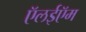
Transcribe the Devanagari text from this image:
ऍलईऍम